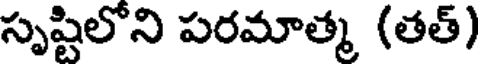
సృష్టిలోని పరమాత్మ (తత్)